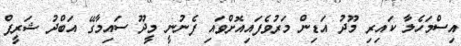
އިސްމަހެލާ ކައިރި މޫދު އަޑިން މަރުވެފައިއޮށްވައި ފެނުނީ މީދޫ ސައިމާގޭ އަބްދު ޝަރީފް